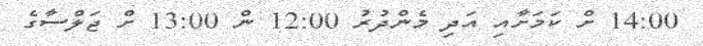
14:00 ށް ކަމަށާއި އަދި މެންދުރު 12:00 ން 13:00 ށް ޖަލްސާގެ